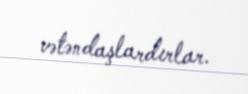
vətəndaşlardırlar.